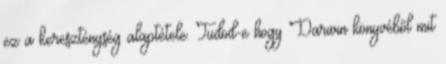
ez a kereszténység alaptétele. Tudod-e hogy Darwin könyvéből mit